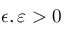
\epsilon , \varepsilon > 0